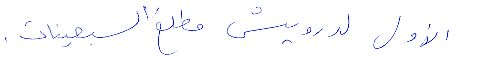
الأول لدرويش مطلع السبعينات.